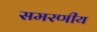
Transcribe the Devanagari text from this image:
समरणीय